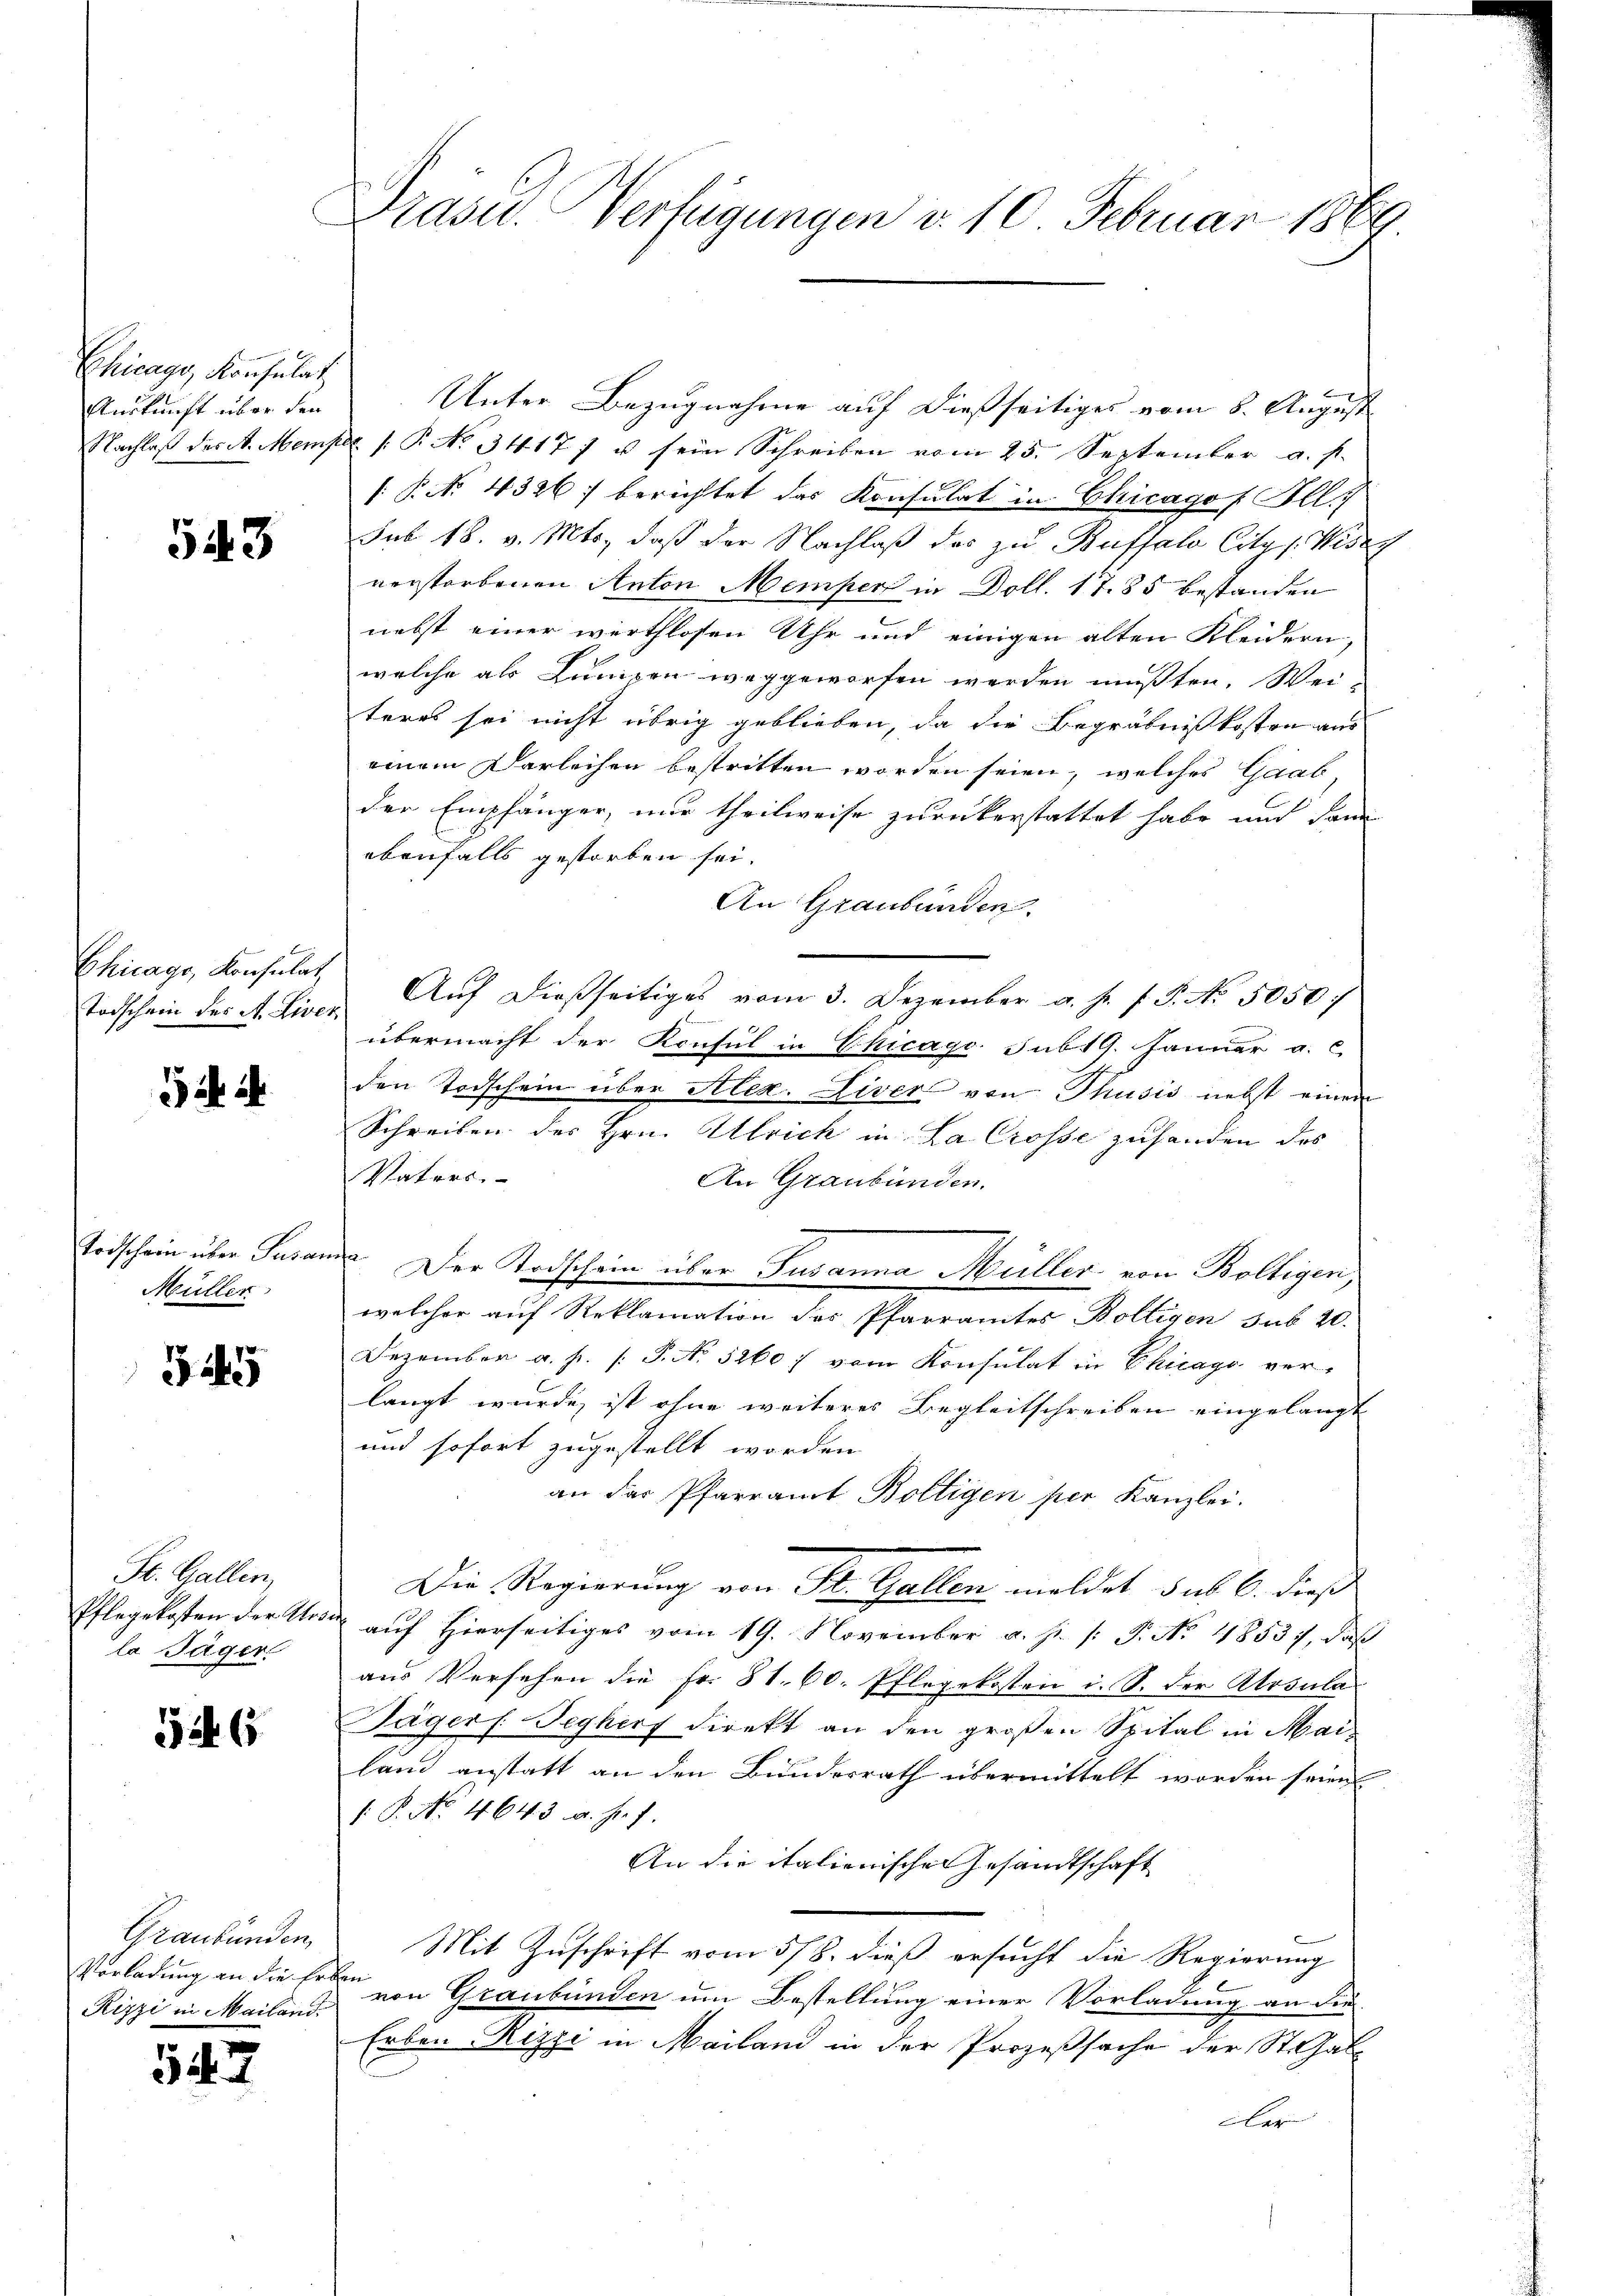
Ehicago, Konsulat
Auskunft über den

543

Chicago, Konsulat

Todschein über Susan
Müller

¬
34)

St. Gallen,
Pflegekosten der Mos
le Jäger

526

Graubünden
Vorladung an die Er
Kizzi in Mailand

547

Präsid.. Verfügungen v. 10. Februar 1869.

Unter Bezugnahme auf dießseitiges vom 8. August
Nachlaβ der St. Mempel /: P. No. 3417 u sein Schreiben vom 25. September a. p.
/B. No. 4326) berichtet das Konsulat in Chicago f Ill.
sub 18. v. Mts., daß der Nachlaß das zu Buffalo Citas. Wider
verstorbenen Anton Memper in Doll. 1785 bestanden
nebst einer werthlosen Uhr und einigen alten Kleidern,
welche als Lungen weggeworfen werden müßten. Wei
teres sei nicht übrig geblieben, da die Begräbnißkosten aus
einem Darleihen bestritten worden seien, welches Gaab,
der Empfänger, nur theilweise zurückerstattet habe und dann
ebenfalls gestorben sei.
An Graubünden.
Todschein der A. Liver Auf dießseitiges vom 3. Dezember a. s. f. P. No. 5050/
übermacht der Konsul in Chicage sub 19. Januar a. c.
den Todschein über Alex. Liver von Thusis nebst einen
Schreiben des Hrn. Ulrich in La Crosse zuhanden das
Vaters.
An Graubünden.
werfe
Der Todschein über Susanna Müller von Boltigen,
welcher auf Reklamation des Pfarramtes Boltigen sub 20.
Dezember a. p. P. No. 5260; vom Konsulat in Chicago ver-
langt wurde ist ohne weiteres Begleitschreiben eingelangt
und sofort zugestellt worden.
an der Pfarramt Boltigen per Kanzlei.
Die Regierung von St. Gallen meldet sub 6. dieß
 auf Hierseitiges vom 19. November a. s. [ P. No 4853), daß
aus Versehen die Fr. 81. 60. Pflegekosten i. S. der Ursula
Jägers Jeghurf direkt an den großen Spital in Mailand anstatt an den Bundesrath übermittelt worden seien
. P. No. 4643. a. s. f.
An die italienischen Gesandtschaft
Mit Zuschrift vom 5/8. dieß ersucht die Regierung
ten
von Graubünden um Bestellung einer Vorladung an die-
Erben Rizzi in Mailand in der Prozeßsache der St. Gal
ler